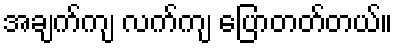
အချက်ကျ လက်ကျ ပြောတတ်တယ်။